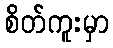
စိတ်ကူးမှာ